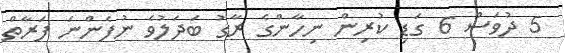
5 ދުވަސް 6 ގަޑި ކުރިން ނިހާންގެ ރާގު ބަދަލުވެ ނުފެންނަ ފަރާތް